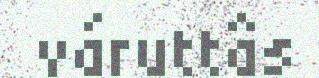
váruttâs